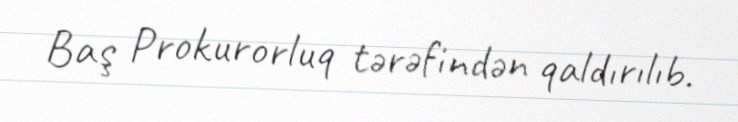
Baş Prokurorluq tərəfindən qaldırılıb.